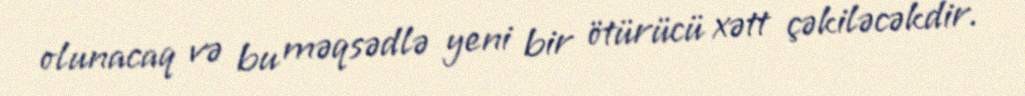
olunacaq və bu məqsədlə yeni bir ötürücü xətt çəkiləcəkdir.